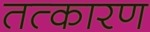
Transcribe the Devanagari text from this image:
तत्कारण